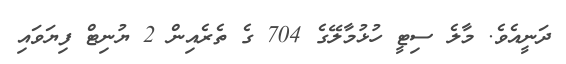
ދަނީއެވެ. މާލެ ސިޓީ ހުޅުމާލޭގެ 704 ގެ ތެރެއިން 2 ޔުނިޓް ފިޔަވައި